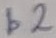
Text: b2